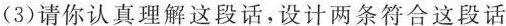
(3)请你认真理解这段话，设计两条符合这段